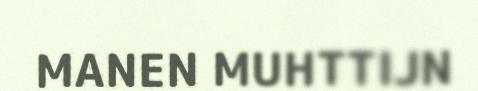
MANEN MUHTTIJN